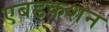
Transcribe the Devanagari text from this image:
एबडकशन